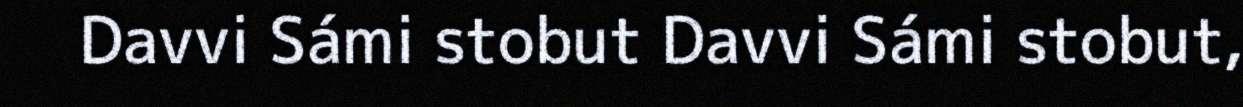
Davvi Sámi stobut Davvi Sámi stobut,